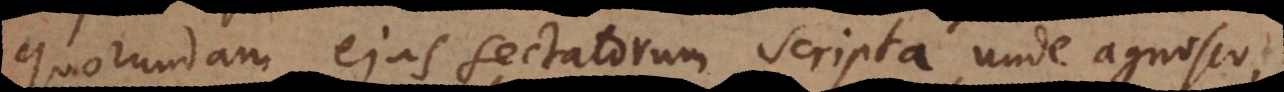
quorundam ejus sectatorum scripta, unde agnosco,